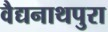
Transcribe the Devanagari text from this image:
वैद्यनाथपुरा